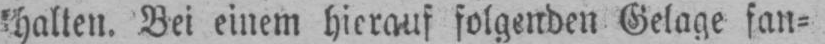
Bei einem hierauf folgenden Gelage fan⸗